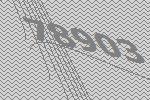
78903